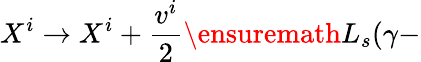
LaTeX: X^{i}\rightarrow X^{i}+{\frac{v^{i}}{2}}\ensuremath{L_{s}}(\gamma-